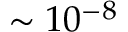
\sim 1 0 ^ { - 8 }